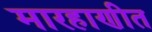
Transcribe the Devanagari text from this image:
मारहाणीत